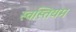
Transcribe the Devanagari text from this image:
स्वस्तियम